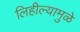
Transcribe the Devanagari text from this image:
लिहील्यामुळे